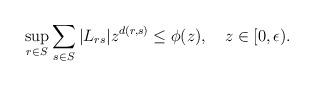
LaTeX: \begin{align*}\sup_{r\in S}{\sum_{s\in S}{|L_{rs}|z^{d(r,s)} \le \phi(z)}}, \quad z\in [0,\epsilon).\end{align*}